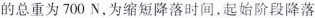
的总重为700N，为缩短降落时间，起始阶段降落